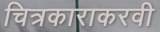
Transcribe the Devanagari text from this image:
चित्रकाराकरवी